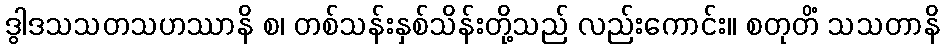
ဒွါဒသသတသဟဿာနိ စ၊ တစ်သန်းနှစ်သိန်းတို့သည် လည်းကောင်း။ စတုတိံ သသတာနိ